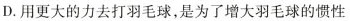
D.用更大的力去打羽毛球，是为了增大羽毛球的惯性